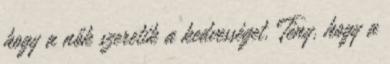
hogy a nők szeretik a kedvességet. Tény, hogy a